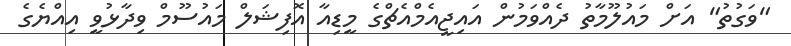
"ވަގުތު" އަށް މައުލޫމާތު ދެއްވަމުން އައިޖީއެމްއެޗްގެ މީޑިއާ އޮފިޝަލް މައުސޫމް ވިދާޅުވީ އިއްޔެގެ